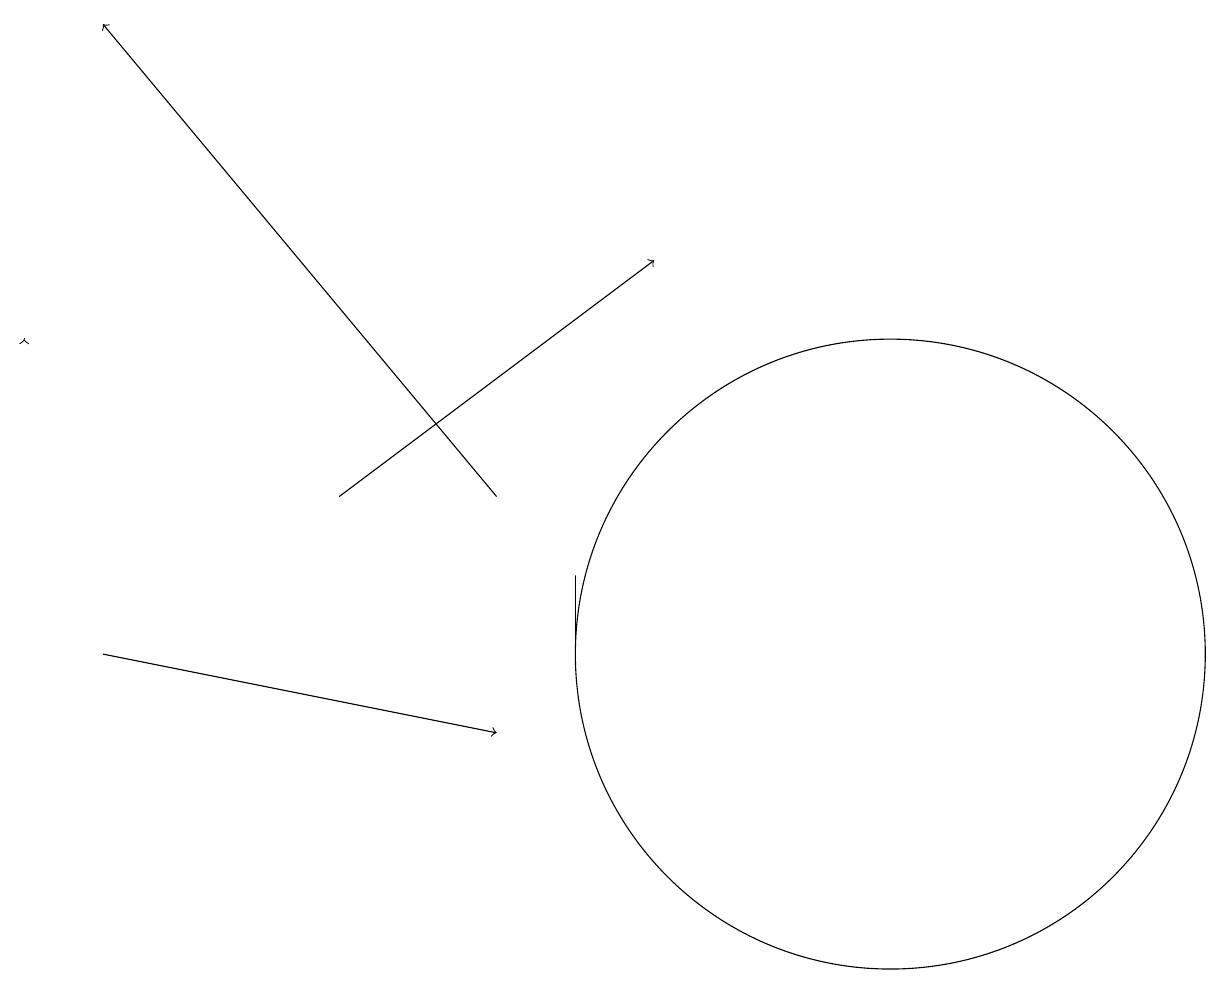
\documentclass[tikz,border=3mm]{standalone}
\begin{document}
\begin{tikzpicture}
\draw (12,11) circle (4);
\draw[->] (2,11) -- (7,10);
\draw (8,12) rectangle (8,11);
\draw[->] (7,13) -- (2,19);
\draw[->] (1,15) -- (1,15);
\draw[->] (5,13) -- (9,16);
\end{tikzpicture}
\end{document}